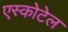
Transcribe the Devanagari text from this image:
एस्कोटेल